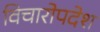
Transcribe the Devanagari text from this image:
विचारोपदेश